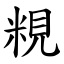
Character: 粯